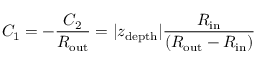
C _ { 1 } = - \frac { C _ { 2 } } { R _ { \mathrm { o u t } } } = \vert z _ { \mathrm { d e p t h } } \vert \frac { R _ { \mathrm { i n } } } { \left( R _ { \mathrm { o u t } } - R _ { \mathrm { i n } } \right) }